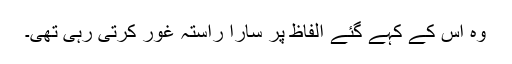
وہ اس کے کہے گئے الفاظ پر سارا راستہ غور کرتی رہی تھی۔